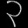
Digit: ၃